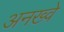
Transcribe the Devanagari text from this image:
अनख्वे